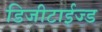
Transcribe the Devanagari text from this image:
डिजीटाईज्‍ड